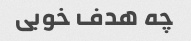
چه هدف خوبی